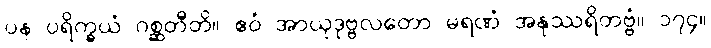
ပန ပရိက္ခယံ ဂစ္ဆတီတိ။ ဧဝံ အာယုဒုဗ္ဗလတော မရဏံ အနုဿရိတဗ္ဗံ။ ၁၇၄။